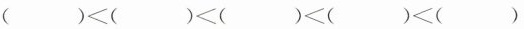
()<()<()<( )<()